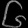
Digit: ၆